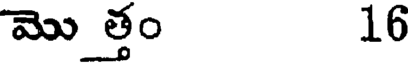
మొత్తం 16